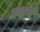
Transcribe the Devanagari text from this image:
कारनाणे